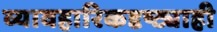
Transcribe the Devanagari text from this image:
व्यावहारिकदृष्ट्याही